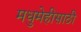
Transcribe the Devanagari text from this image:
मधुमेहीसाठी